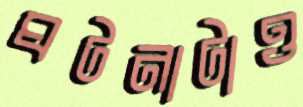
ঘটনাটাও